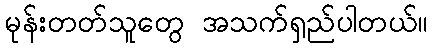
မုန်းတတ်သူတွေ အသက်ရှည်ပါတယ်။